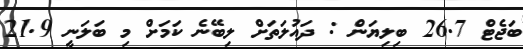
ބަޖެޓް 26.7 ބިލިޔަން : ދައުލަތަށް ލިބޭނެ ކަމަށް މި ބަލަނީ 21.9